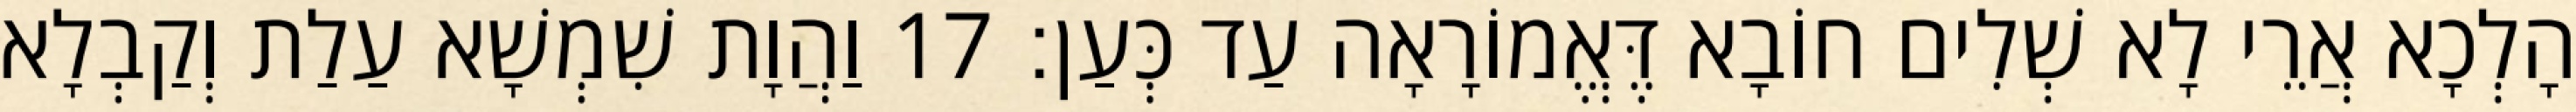
הָלְכָא אֲרֵי לָא שְׁלִים חוֹבָא דֶּאֱמוֹרָאָה עַד כְּעַן׃ 17 וַהֲוָת שִׁמְשָׁא עַלַת וְקַבְלָא